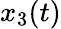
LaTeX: x_{3}(t)